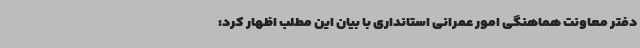
دفتر معاونت هماهنگی امور عمرانی استانداری با بیان این مطلب اظهار کرد: